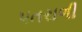
પતરાળી